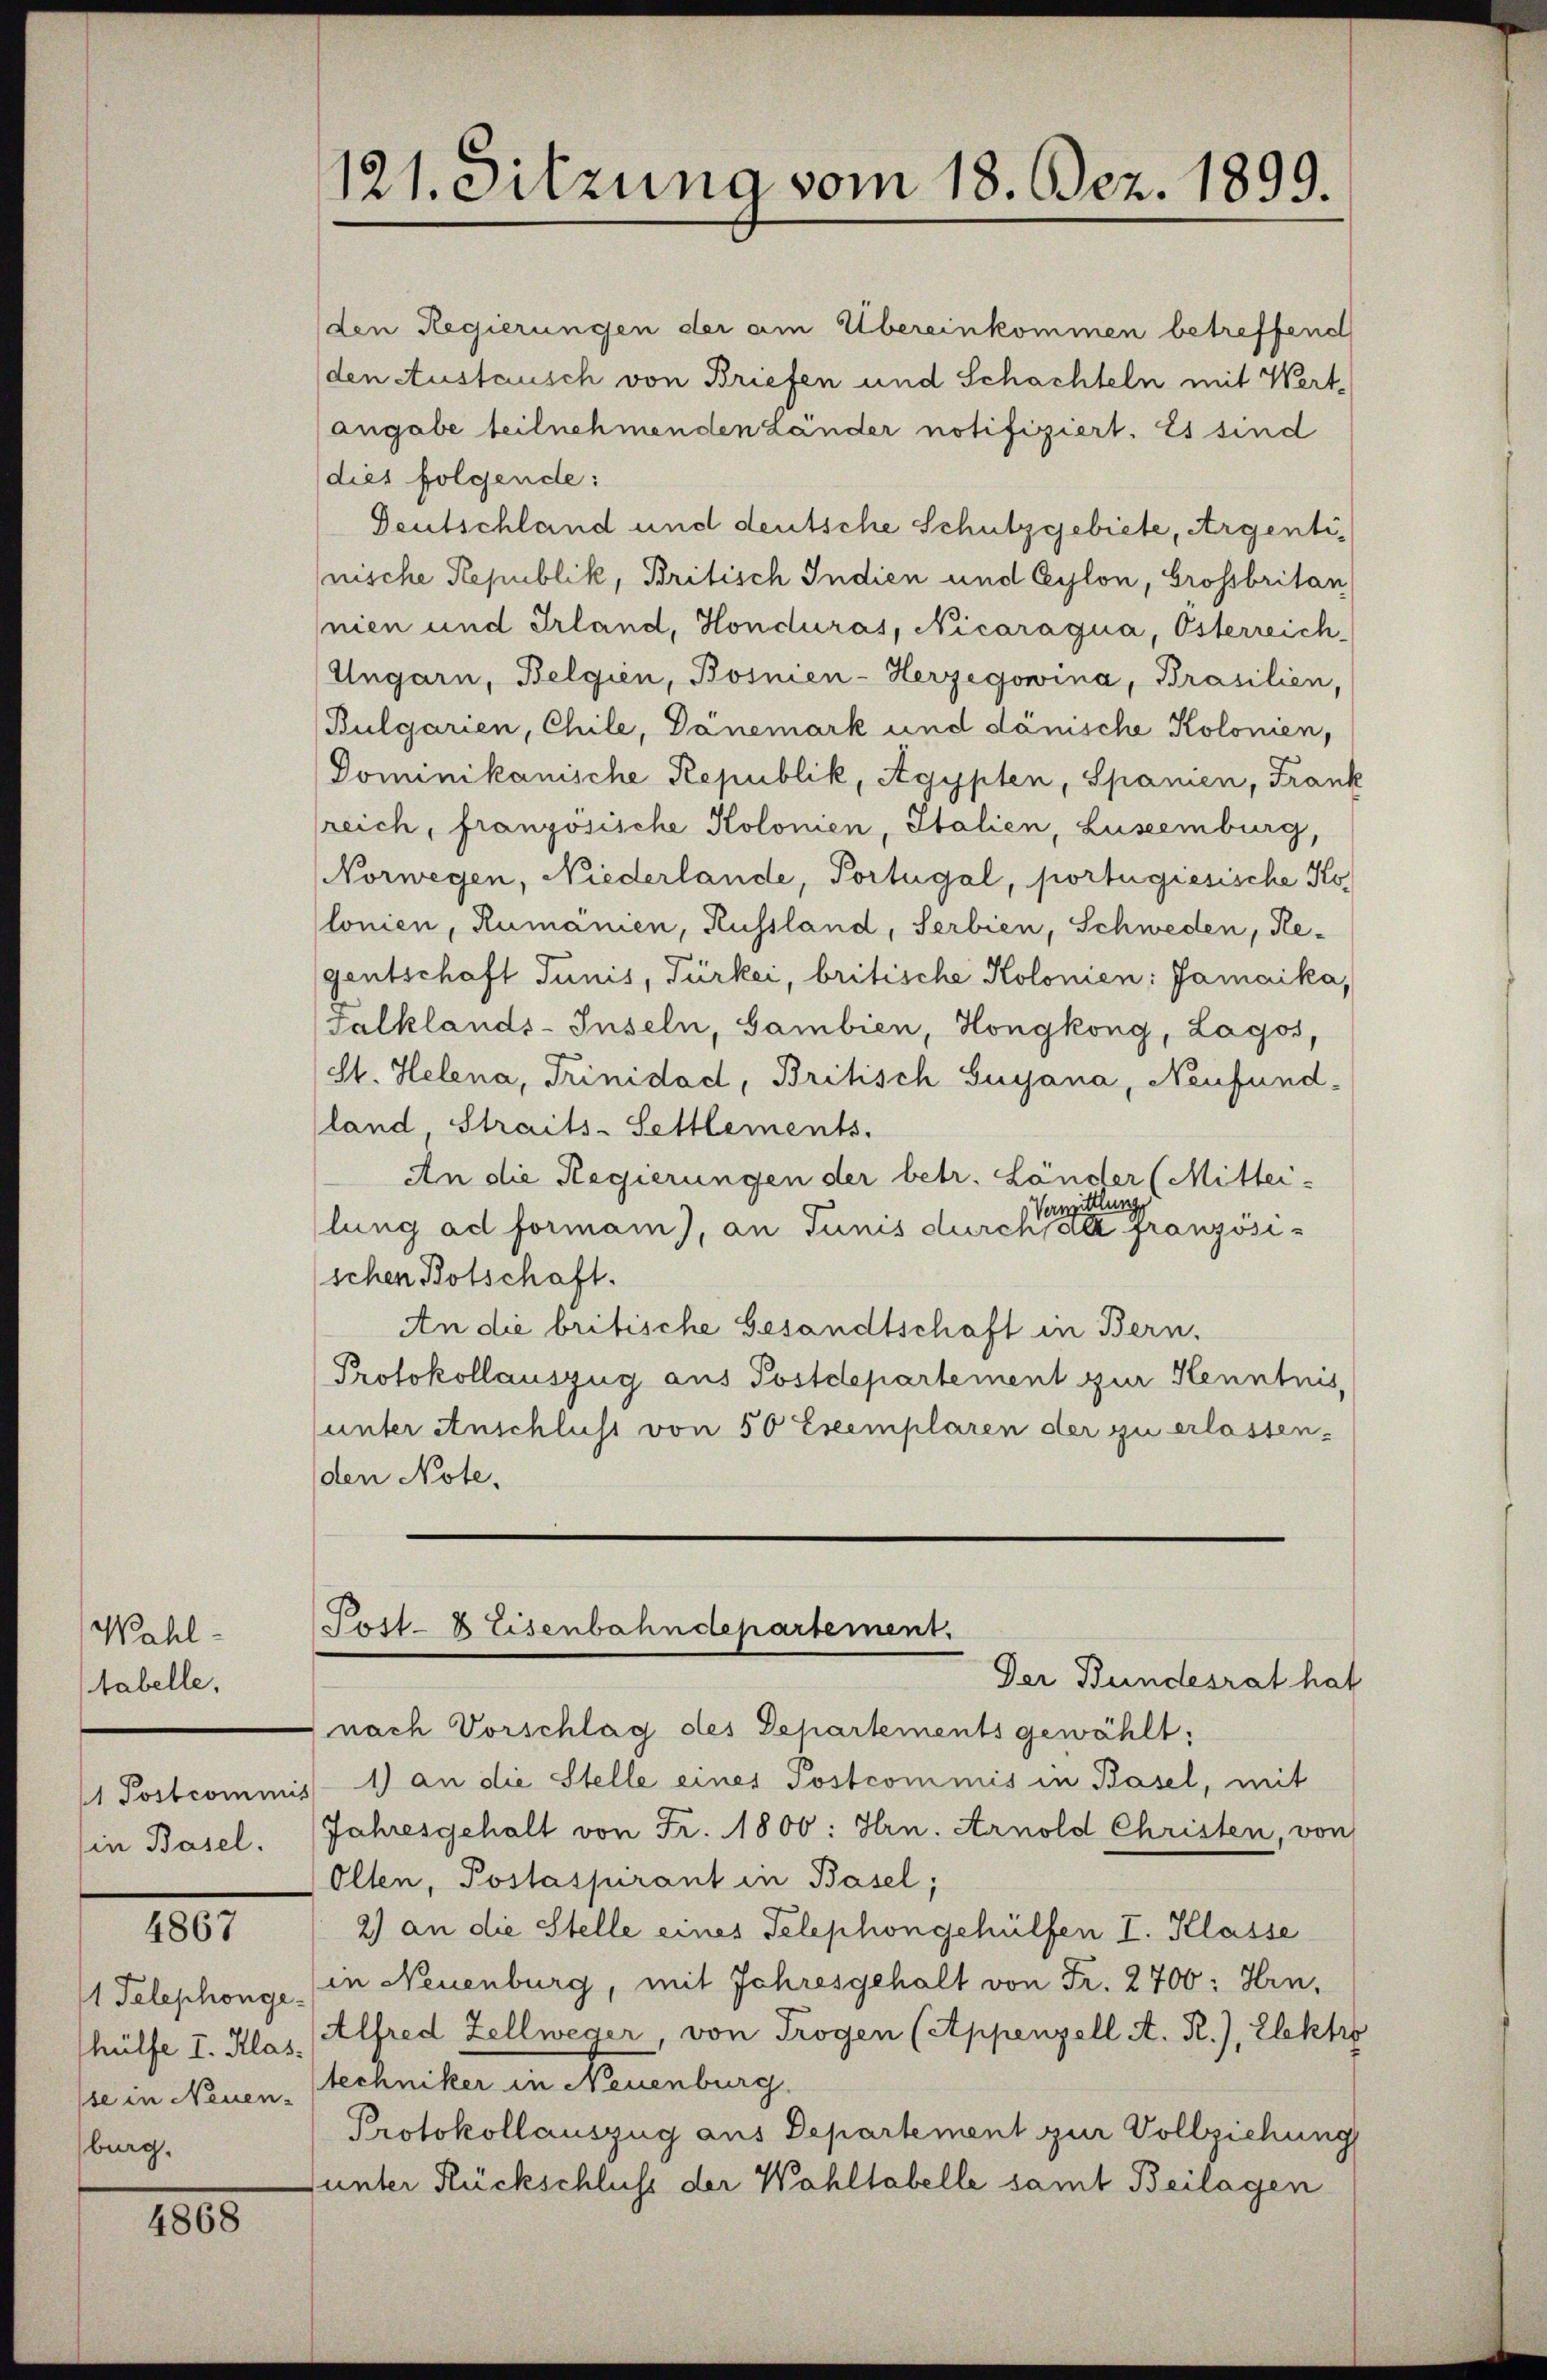
Wahl-
tabelle,
1 Postcommis
in Basel.

4867

1 Telephonge.
thülfe I. Klas
se in Neuen-
burg.

4868

nach Vorschlag des Departements gewählt:
1) an die Stelle eines Postcommis in Basel, mit
Jahresgehalt von Fr. 1800: Hrn. Arnold Christen, von
Ollen, Postaspirant in Basel;
2) an die Stelle eines Telephongehülfen I. Klasse
in Neuenburg, mit Jahresgehalt von Fr. 2700: Hrn.
Alfred Zellweger, von Trogen (Appenzell A. R.), Elektio
techniker in Neuenburg.
Protokollauszug aus Departement zur Vollziehung
unter Rückschluss der Wahltabelle samt Beilagen

121. Sitzung vom 18. Dez. 1899.

Post- & Eisenbahndepartement.
Der Bundesrat hat

(den Regierungen der am Übereinkommen betreffend
(den Austausch von Briefen und Schachteln mit Wert-
angabe teilnehmenden Länder notifiziert. Es sind
dies folgende:
Deutschland und deutsche Schutzgebiete, Argentinische Republik, Britisch Indien und Ceylon, Grossbritan
nien und Irland, Honduras, Nicaragua, Österreich-
Ungarn, Belgien, Bosnien-Herzegowina, Brasilien,
Bulgarien, Chile, Dänemark und dänische Kolonien,
Dominikanische Republik, Agypten, Spanien, Frank
reich, französische Kolonien, Italien, Luseemburg,
Norwegen, Niederlande, Portugal, portugiesische Kolonien, Rumanien, Russland, Serbien, Schweden, Re-
gentschaft Junis, Türkei, britische Kolonien: Jamaika,
salklands-Inseln, Gambien, Hongkong, Lagos,
St. Helena, Trinidad, Britisch Guyana, Neufund-
land, Straits-Settlements.
An die Regierungen der betr. Länder (Mittei-
Vermittlungs
lung ad formann), an Tunis durchfall französischen Botschaft.
An die britische Gesandtschaft in Bern,
Protokollauszug aus Postdepartement zur Kenntnis,
unter Anschluss von 50 Exemplaren der zu erlassen.
den Note.